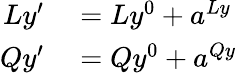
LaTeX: \begin{array}{rl}{Ly^{\prime}}&{{}=Ly^{0}+a^{Ly}}\\ {Qy^{\prime}}&{{}=Qy^{0}+a^{Qy}}\end{array}